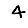
Digit: 4